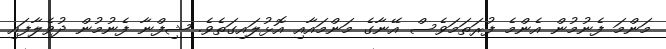
މަންމަ ފެނުމުން އެންމެ ފުރަތަމަވެސް އޭނާގެ މަންމައާއި އޮޅުލައިގަތެވެ. ޝިފްނާ ފެނުމުން ދުވެލާފައި